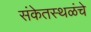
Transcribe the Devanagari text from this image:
संकेतस्थळंचे